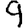
Digit: 9